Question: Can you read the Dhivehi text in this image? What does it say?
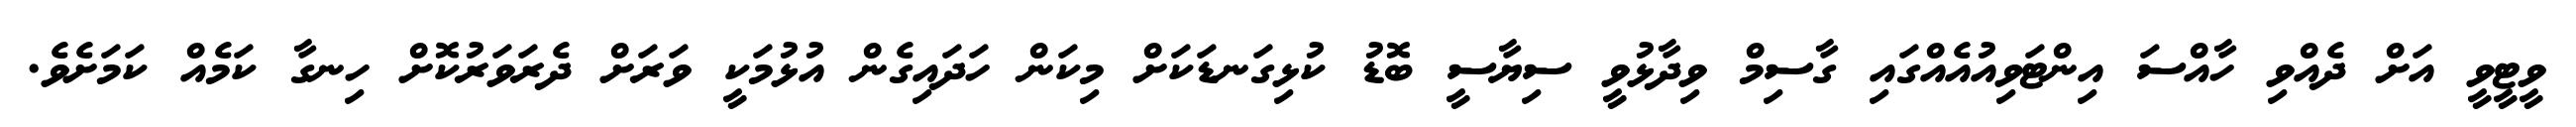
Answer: ވީޓީވީ އަށް ދެއްވި ހާއްސަ އިންޓަވިއުއެއްގައި ގާސިމް ވިދާޅުވީ ސިޔާސީ ބޮޑު ކުޅިގަނޑަކަށް މިކަން ހަދައިގެން އުޅުމަކީ ވަރަށް ދެރަވަރުކޮށް ހިނގާ ކަމެއް ކަމަށެވެ.